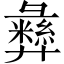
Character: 彝